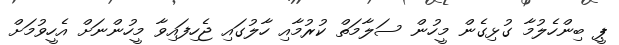
ޕީ ބިންހެލުމާ ގުޅިގެން މީހުން ސަލާމަތް ކުރުމާއި ހާލުގައި ޖެހިފައިވާ މީހުންނަށް އެހީވުމަށް